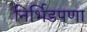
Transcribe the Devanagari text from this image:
निर्भिडपणा